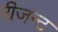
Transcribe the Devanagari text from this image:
रीजन्ट